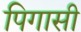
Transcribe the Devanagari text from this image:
पिगासी